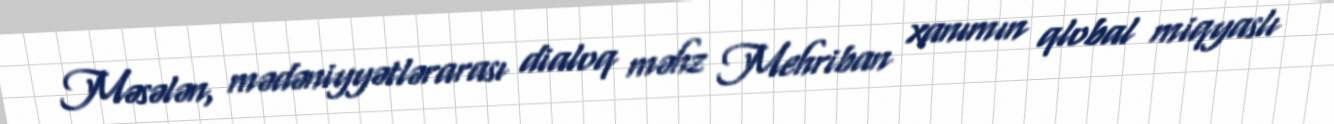
Məsələn, mədəniyyətlərarası dialoq məhz Mehriban xanımın qlobal miqyaslı